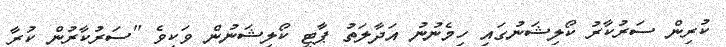
ކުރިން ސަރުކާރު ކޯލިޝަނުގައި ހިމެނުނު އަދާލަތު ޕާޓީ ކޯލިޝަނުން ވަކިވެ "ސަރުކާރުން ކުރާ